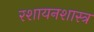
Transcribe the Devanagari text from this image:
रशायनशास्त्र